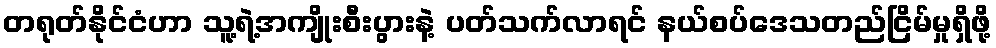
တရုတ်နိုင်ငံဟာ သူ့ရဲ့အကျိုးစီးပွားနဲ့ ပတ်သက်လာရင် နယ်စပ်ဒေသတည်ငြိမ်မှုရှိဖို့